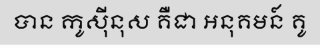
បាន កូស៊ីនុស គឺជា អនុគមន៍ គូ